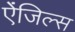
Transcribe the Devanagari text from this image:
ऐंजिल्स